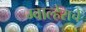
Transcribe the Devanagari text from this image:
ग्वाल्हेराचे